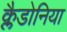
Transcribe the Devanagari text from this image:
क्लैडोनिया